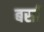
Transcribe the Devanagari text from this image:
बर्सा